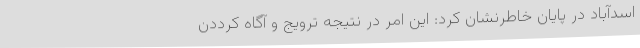
اسدآباد در پایان خاطرنشان کرد: این امر در نتیجه ترویج و آگاه کرددن